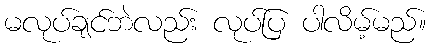
မလုပ်ချင်ဘဲလည်း လုပ်ပြ ပါလိမ့်မည်။